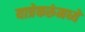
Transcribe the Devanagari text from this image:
यात्रेकरूंमध्ये